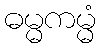
ဓမ္မကမ္မံ